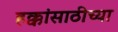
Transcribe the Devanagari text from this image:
हक्कांसाठीच्या